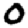
Digit: 0